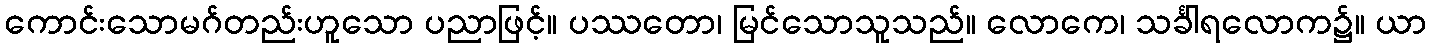
ကောင်းသောမဂ်တည်းဟူသော ပညာဖြင့်။ ပဿတော၊ မြင်သောသူသည်။ လောကေ၊ သင်္ခါရလောက၌။ ယာ